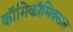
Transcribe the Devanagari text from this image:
काॅमिकॉमिक्सल